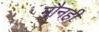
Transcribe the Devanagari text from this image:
मौनही